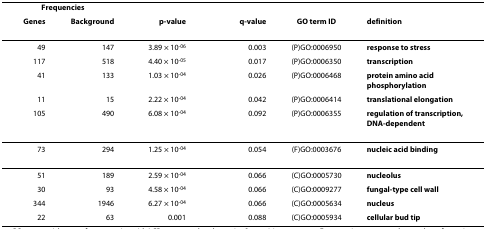
<table><thead><tr><td colspan="2"><b>Frequencies</b></td><td></td><td></td><td></td><td></td></tr><tr><td><b>Genes</b></td><td><b>Background</b></td><td><b><i>p</i>-value</b></td><td><b><i>q</i>-value</b></td><td><b>GO term ID</b></td><td><b>definition</b></td></tr></thead><tbody><tr><td>49</td><td>147</td><td>3.89 × 10<sup>-06</sup></td><td>0.003</td><td>(P)GO:0006950</td><td><b>response to stress</b></td></tr><tr><td>117</td><td>518</td><td>4.40 × 10<sup>-05</sup></td><td>0.017</td><td>(P)GO:0006350</td><td><b>transcription</b></td></tr><tr><td>41</td><td>133</td><td>1.03 × 10<sup>-04</sup></td><td>0.026</td><td>(P)GO:0006468</td><td><b>protein amino acid phosphorylation</b></td></tr><tr><td>11</td><td>15</td><td>2.22 × 10<sup>-04</sup></td><td>0.042</td><td>(P)GO:0006414</td><td><b>translational elongation</b></td></tr><tr><td>105</td><td>490</td><td>6.08 × 10<sup>-04</sup></td><td>0.092</td><td>(P)GO:0006355</td><td><b>regulation of transcription, DNA-dependent</b></td></tr><tr><td>73</td><td>294</td><td>1.25 × 10<sup>-04</sup></td><td>0.054</td><td>(F)GO:0003676</td><td><b>nucleic acid binding</b></td></tr><tr><td>51</td><td>189</td><td>2.59 × 10<sup>-04</sup></td><td>0.066</td><td>(C)GO:0005730</td><td><b>nucleolus</b></td></tr><tr><td>30</td><td>93</td><td>4.58 × 10<sup>-04</sup></td><td>0.066</td><td>(C)GO:0009277</td><td><b>fungal-type cell wall</b></td></tr><tr><td>344</td><td>1946</td><td>6.27 × 10<sup>-04</sup></td><td>0.066</td><td>(C)GO:0005634</td><td><b>nucleus</b></td></tr><tr><td>22</td><td>63</td><td>0.001</td><td>0.088</td><td>(C)GO:0005934</td><td><b>cellular bud tip</b></td></tr></tbody></table>